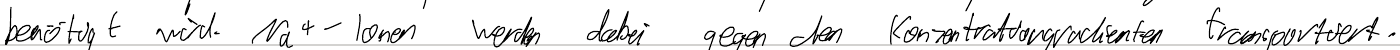
benötigt wird. Na+-Ionen werden dabei gegen den Konzentrationsgradienten transportiert.